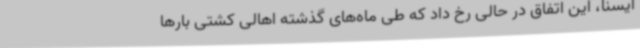
ایسنا، این اتفاق در حالی رخ داد که طی ماه‌های گذشته اهالی کشتی بارها